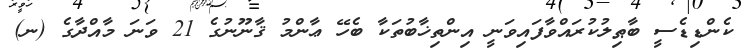
ކެންޑިޑެސީ ބާޠިލުކުރައްވާފައިވަނީ އިންތިޚާބުތަކާ ބެހޭ ޢާންމު ޤާނޫނުގެ 21 ވަނަ މާއްދާގެ (ނ)